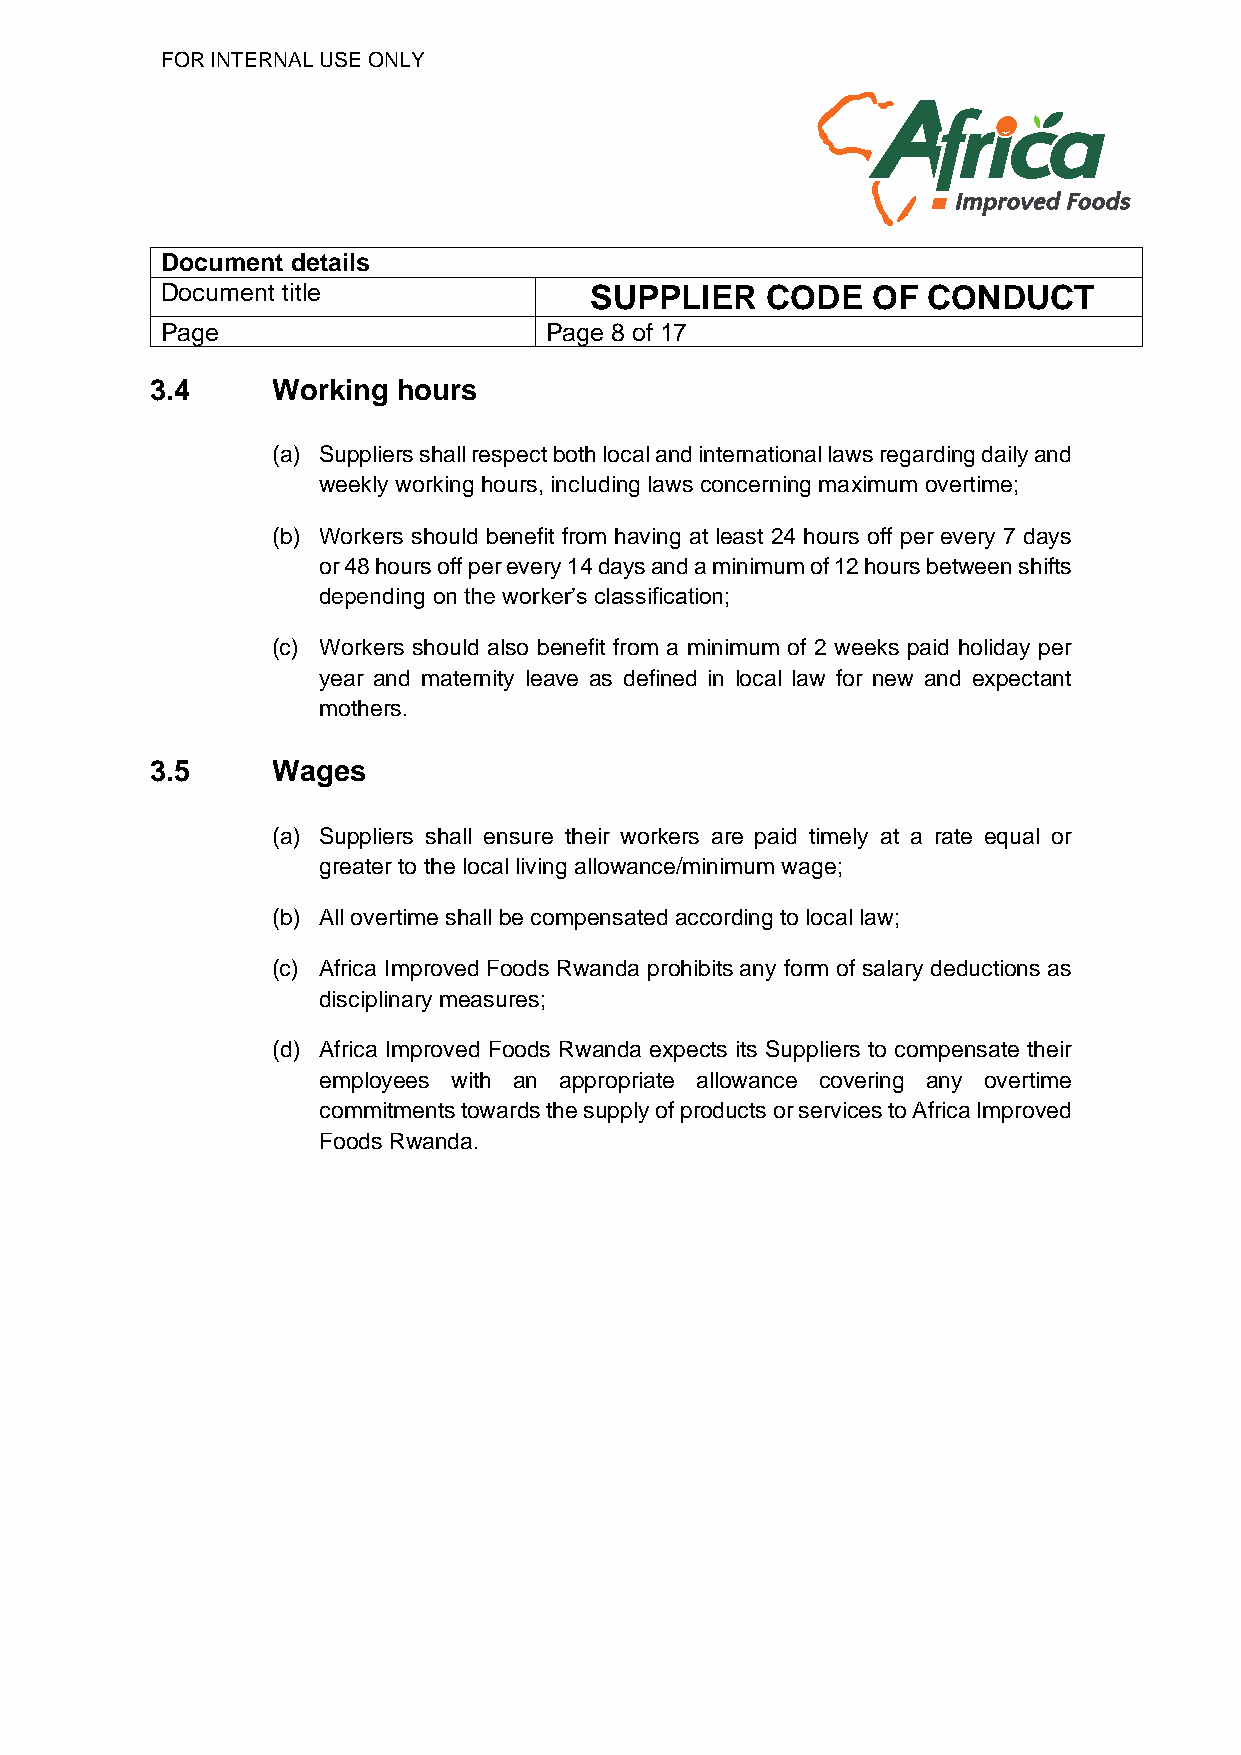
FOR INTERNAL USE ONLY
 Document details
 Document title              SUPPLIER    CODE   OF CONDUCT
 Page                     Page 8 of 17
 3.4     Working hours
 (a) Suppliers shall respect both local and international laws regarding daily and
 weekly working hours, including laws concerning maximum overtime;
 (b) Workers should benefit from having at least 24 hours off per every 7 days
 or 48 hours off per every 14 days and a minimum of 12 hours between shifts
 depending on the worker’s classification;
 (c) Workers should also benefit from a minimum of 2 weeks paid holiday per
 year and maternity leave as defined in local law for new and expectant
 mothers.
 3.5     Wages
 (a) Suppliers shall ensure their workers are paid timely at a rate equal or
 greater to the local living allowance/minimum wage;
 (b) All overtime shall be compensated according to local law;
 (c) Africa Improved Foods Rwanda prohibits any form of salary deductions as
 disciplinary measures;
 (d) Africa Improved Foods Rwanda expects its Suppliers to compensate their
 employees with an appropriate allowance covering any overtime
 commitments towards the supply of products or services to Africa Improved
 Foods Rwanda.